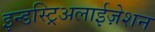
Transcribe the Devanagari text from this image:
इन्डस्ट्रिअलाईज़ेशन